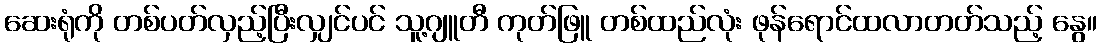
ဆေးရုံကို တစ်ပတ်လှည့်ပြီးလျှင်ပင် သူ့ဂျူတီ ကုတ်ဖြူ တစ်ထည်လုံး ဖုန်ရောင်ထလာတတ်သည့် နွေ။